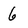
Character: 6